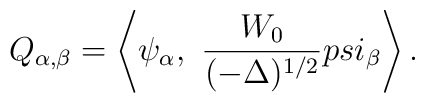
Q_{\alpha,\beta} = \left< \psi_\alpha, \ {W_0 \over (-\Delta)^{1/2}} \\psi_\beta \right> .